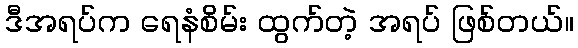
ဒီအရပ်က ရေနံစိမ်း ထွက်တဲ့ အရပ် ဖြစ်တယ်။